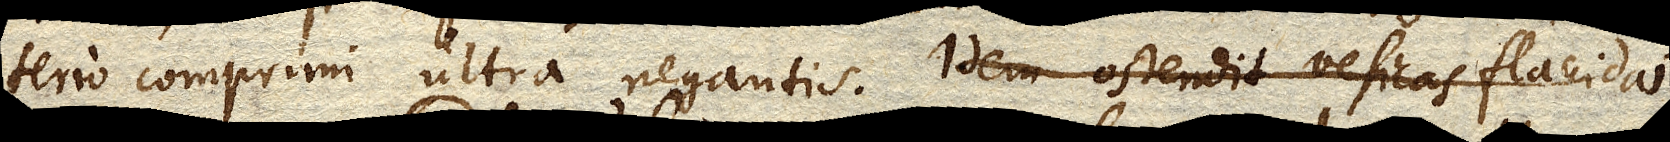
terio comprimi ultra negantis. Idem ostendit vesicas flaccidas